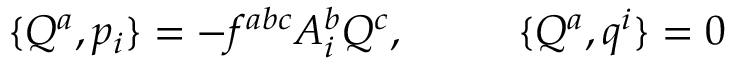
\{ Q ^ { a } , p _ { i } \} = - f ^ { a b c } A _ { i } ^ { b } Q ^ { c } , \ \ \ \ \ \ \ \ \{ Q ^ { a } , q ^ { i } \} = 0